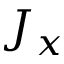
J _ { x }